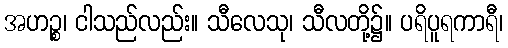
အဟဉ္စ၊ ငါသည်လည်း။ သီလေသု၊ သီလတို့၌။ ပရိပူရကာရီ၊